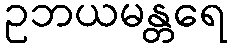
ဥဘယမန္တရေ